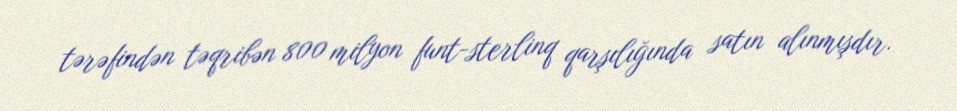
tərəfindən təqribən 800 milyon funt-sterlinq qarşılığında satın alınmışdır.